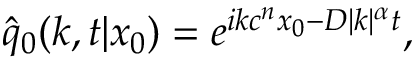
\hat { q } _ { 0 } ( k , t | x _ { 0 } ) = e ^ { i k c ^ { n } x _ { 0 } - D | k | ^ { \alpha } t } ,